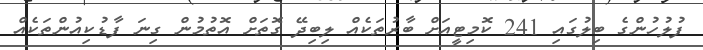
ފުލުހުންގެ ބިލުގައި 241 ކޮމިޓީއަށް ބާރުތަކެއް ލިބިދޭ ގޮތަށް އޮތުމުން ގިނަ ފާޑުކިއުންތަކެއް